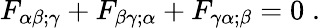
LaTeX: F_{\alpha\beta;\gamma}+F_{\beta\gamma;\alpha}+F_{\gamma\alpha;\beta}=0\; .